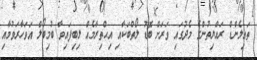
ތައިލެންޑް ރައްޔިތުންގެ މެދުގައި ވަރަށް ބޮޑު ލޯތްބަކާއި އިޙްތިރާމެއް ލިބިފައިވާ ބުމިބޯލް އަވަހާރަވުމާއި